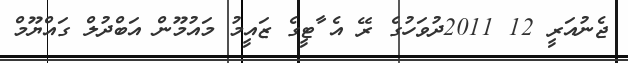
ޖެނުއަރީ 12 2011ދުވަހުގެ ރޭ އެ ާޓީގެ ޒައީމު މައުމޫން އަބްދުލް ގައްޔޫމް